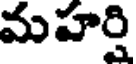
మహర్షి